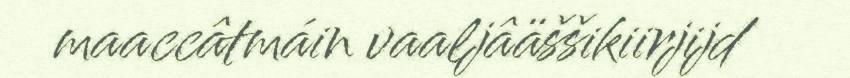
maaccâtmáin vaaljâäššikiirjijd